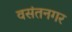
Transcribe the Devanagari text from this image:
वसंतनगर